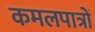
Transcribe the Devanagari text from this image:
कमलपात्रों